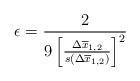
LaTeX: \begin{align*}\epsilon = \frac{2}{9 \left[ \frac{\Delta{{\overline{x}}_{1,2}}}{s(\Delta{\overline{x}_{1,2}})}\right ]^2}\end{align*}